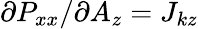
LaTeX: \partial P_{xx}/\partial A_{z}=J_{kz}